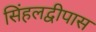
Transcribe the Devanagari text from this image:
सिंहलद्वीपास